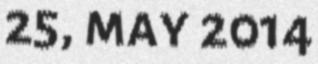
25, may 2014